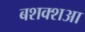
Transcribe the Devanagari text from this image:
बशक्शआ